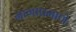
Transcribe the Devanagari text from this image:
नागाप्रमाणे